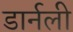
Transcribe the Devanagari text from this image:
डार्नली